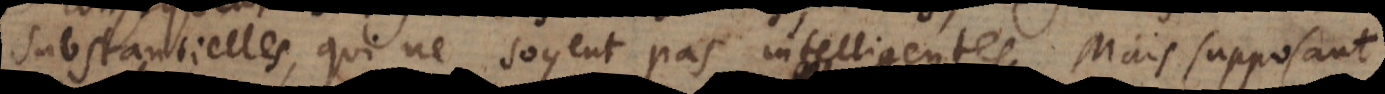
substantielles, qui ne soyent pas intelligentes. Mais supposan